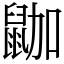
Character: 鿼